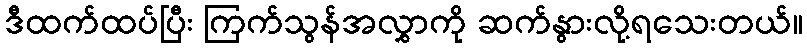
ဒီထက်ထပ်ပြီး ကြက်သွန်အလွှာကို ဆက်နွားလို့ရသေးတယ်။